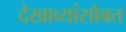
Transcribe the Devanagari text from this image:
देखाव्यांसोबत